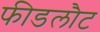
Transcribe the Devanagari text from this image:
फीडलौट